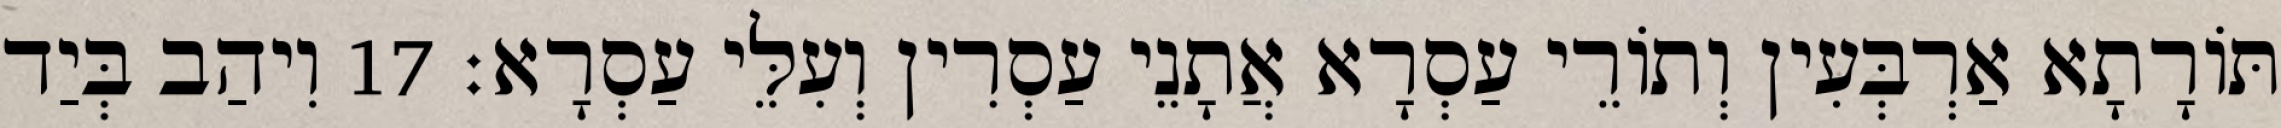
תּוֹרָתָא אַרְבְּעִין וְתוֹרֵי עַסְרָא אֲתָנֵי עַסְרִין וְעִלֵּי עַסְרָא׃ 17 וִיהַב בְּיַד